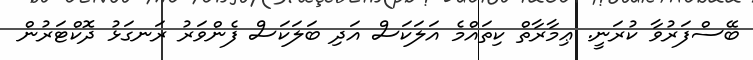
ބޭސްފަރުވާ ކުރަނީ. ޢިމާރާތް ކިތައްމެ އަލަކަސް އަދި ބަލަކަސް ފެންވަރު ރަނގަޅު ދޮކްޓަރުން